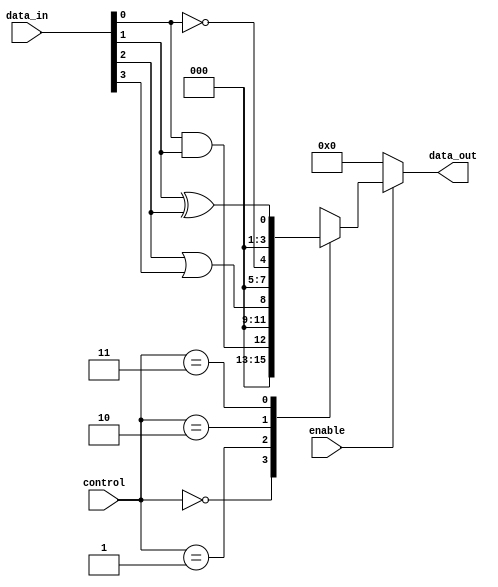
module combinational_logic_block (
    input wire [3:0] data_in,      // 4-bit data input
    input wire [1:0] control,       // Control signals for logic functions
    input wire enable,               // Enable signal
    output wire [3:0] data_out       // 4-bit data output
);

// Internal signals for logic elements
wire and_out, or_out, not_out, xor_out;

// Logic Elements
assign and_out = data_in[0] & data_in[1]; // AND operation
assign or_out  = data_in[2] | data_in[3]; // OR operation
assign not_out = ~data_in[0];              // NOT operation
assign xor_out = data_in[1] ^ data_in[2]; // XOR operation

// Output Logic based on control signals
always @(*) begin
    if (enable) begin
        case (control)
            2'b00: data_out = {3'b000, and_out}; // Output AND result
            2'b01: data_out = {3'b000, or_out};  // Output OR result
            2'b10: data_out = {3'b000, not_out}; // Output NOT result
            2'b11: data_out = {3'b000, xor_out}; // Output XOR result
            default: data_out = 4'b0000;         // Default case
        endcase
    end else begin
        data_out = 4'b0000; // Output zero if not enabled
    end
end

endmodule